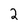
Character: 2